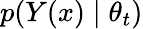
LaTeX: p(Y(x)\mid\theta_{t})